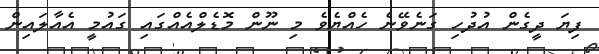
ފިޔަ ދީގެން އުދުހި ގަނެވޭނެ ހެއްޔެވެ މި ނޫން މޮޑެލްއެއްގައި ގައުމީ އެއާލައިން